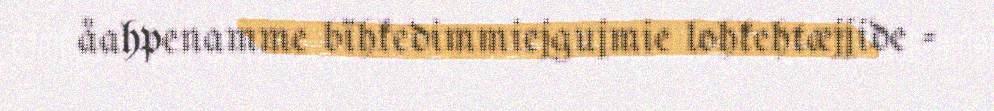
åahpenamme bïhkedimmiejgujmie lohkehtæjjide -